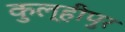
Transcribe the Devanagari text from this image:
कुल्हीपुर